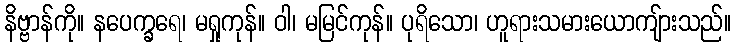
နိဗ္ဗာန်ကို။ နပေက္ခရေ၊ မရှုကုန်။ ဝါ၊ မမြင်ကုန်။ ပုရိသော၊ ဟူရားသမားယောကျ်ားသည်။